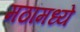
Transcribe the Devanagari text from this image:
मठांमध्ये